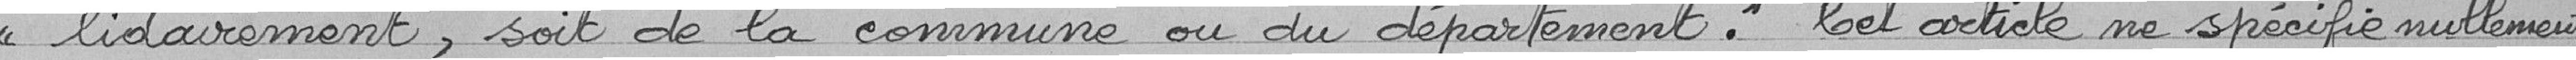
lidairement, soit de la commune ou du département" Cet article ne spécifie nullement